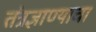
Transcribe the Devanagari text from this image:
तंत्रज्ञाण्याचा